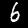
Label: 6